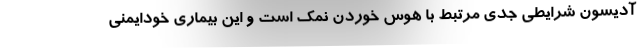
آدیسون شرایطی جدی مرتبط با هوس خوردن نمک است و این بیماری خودایمنی